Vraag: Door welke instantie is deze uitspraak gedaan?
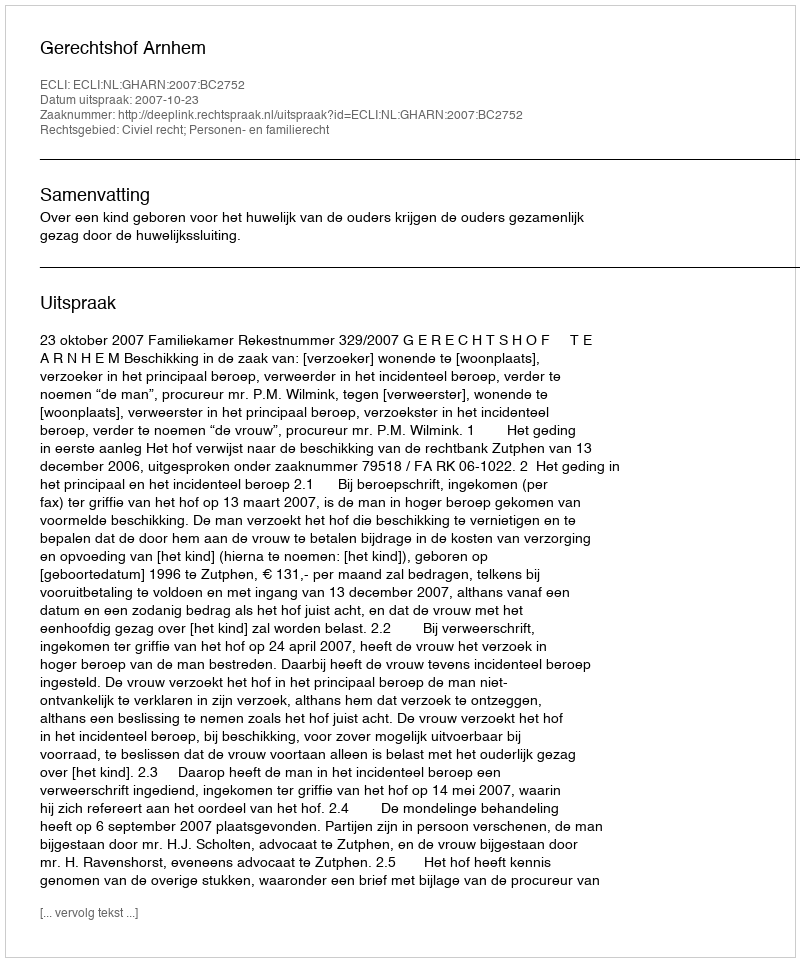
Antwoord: Gerechtshof Arnhem